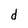
Character: d